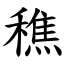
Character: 穛